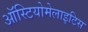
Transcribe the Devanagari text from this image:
ऑस्टियोमेलाइटिस